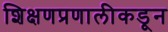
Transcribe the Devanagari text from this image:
शिक्षणप्रणालीकडून